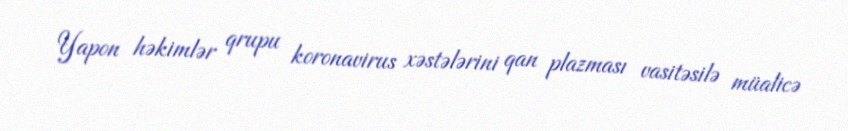
Yapon həkimlər qrupu koronavirus xəstələrini qan plazması vasitəsilə müalicə